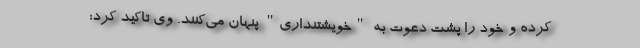
کرده و خود را پشت دعوت به "خویشتنداری" پنهان می‌کنند. وی تاکید کرد: